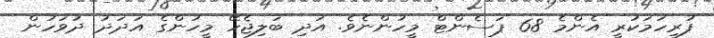
ފުރިހަމަކުރީ އެންމެ 68 ޕަސެންޓް މީހުންނެވެ. އަދި ބަލިޖެހޭ މީހުންގެ އަދަދު ދުވަހުން